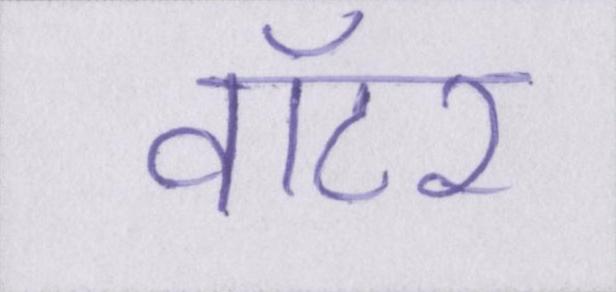
वॉटर